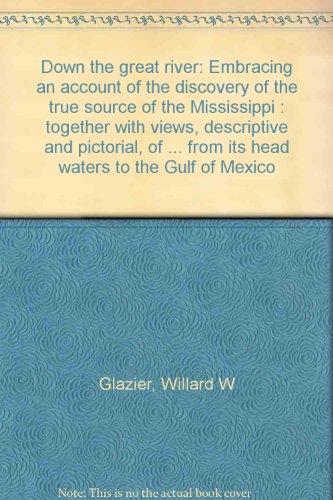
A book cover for Down the great river: Embracing an account of the discovery of the true source of the Mississippi : together with views, descriptive and pictorial, of ... from its head waters to the Gulf of Mexico; Willard W Glazier; Travel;